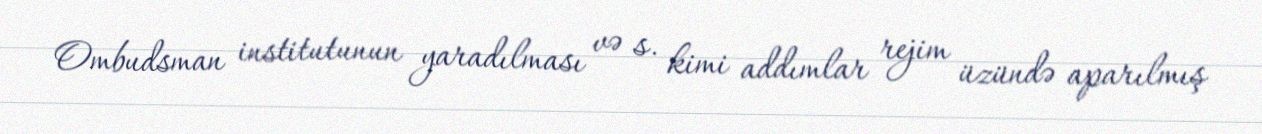
Ombudsman institutunun yaradılması və s. kimi addımlar rejim üzündə aparılmış